Report on the bubonic plague in Bombay, 1896-1897
Year: 1896
Disease focus: Plague
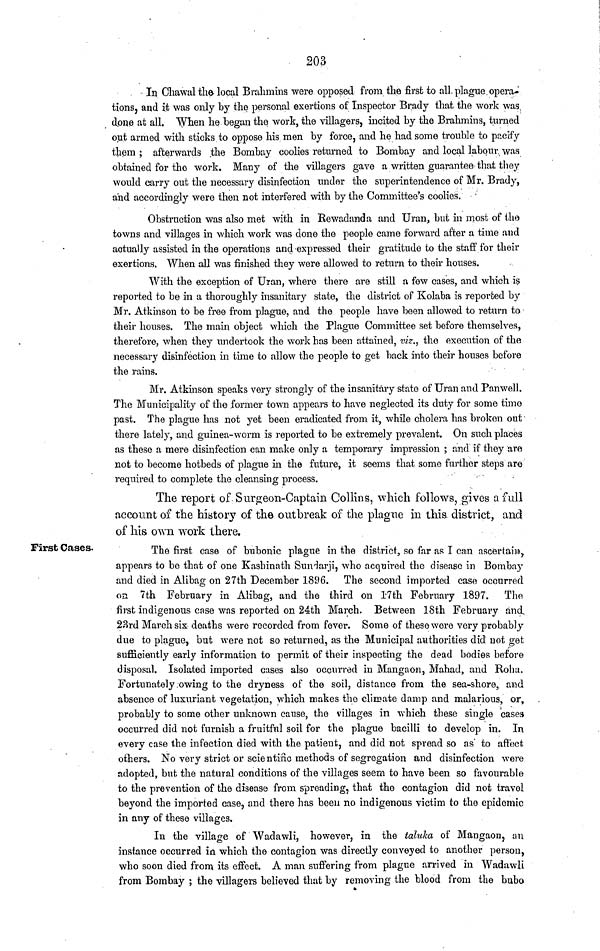
203
In Chawal the local Brahmins were opposed from the first to all. plague opera-
tions, and it was only by the personal exertions of Inspector Brady that the work was,
done at all. When he began the work, the villagers, incited by the Brahmins, turned
out armed with sticks to oppose his men by force, and he had some trouble to pacify
them ; afterwards the Bombay coolies returned to Bombay and local labour, was
obtained for the work. Many of the villagers gave a written guarantee that they
would carry out the necessary disinfection under the superintendence of Mr. Brady,
and accordingly were then not interfered with by the Committee's coolies.
Obstruction was also met with in Rewadanda and Uran, but in most of the
towns and villages in which work was done the people came forward after a time and
actually assisted in the operations and expressed their gratitude to the staff for their
exertions. When all was finished they were allowed to return to their houses.
With the exception of Uran, where there are still a few cases, and which is
reported to be in a thoroughly insanitary state, the district of Kolaba is reported by
Mr. Atkinson to be free from plague, and the people have been allowed to return to
their houses. The main object which the Plague Committee set before themselves,
therefore, when they undertook the work has been attained, viz., the execution of the
necessary disinfection in time to allow the people to get back into their houses before
the rains.
Mr. Atkinson speaks very strongly of the insanitary state of Uran and Panwell.
The Municipality of the former town appears to have neglected its duty for some time
past. The plague has not yet been eradicated from it, while cholera has broken out
there lately, and guinea-worm is reported to be extremely prevalent. On such places
as these a mere disinfection can make only a temporary impression ; and if they are
not to become hotbeds of plague in the future, it seems that some further steps are
required to complete the cleansing process.
The report of Surgeon-Captain Collins, which follows, gives a full
account of the history of the outbreak of the plague in this district, and
of his own work there.
First Cases.
The first case of bubonic plague in the district, so far as I can ascertain,
appears to be that of one Kashinath Sundarji, who acquired the disease in Bombay
and died in Alibag on 27th December 1896. The second imported case occurred
on 7th February in Alibag, and the third on 17th February 1897.
The
first indigenous case was reported on 24th March- Between 18th February and
23rd March six deaths were recorded from fever. Some of these were very probably
due to plague, but were not so returned, as the Municipal authorities did not get
sufficiently early information to permit of their inspecting the dead bodies before
disposal. Isolated imported cases also occurred in Mangaon, Mahad, and Roha.
Fortunately owing to the dryness of the soil, distance from the sea-shore, and
absence of luxuriant vegetation, which makes the climate damp and malarious, or,
probably to some other unknown cause, the villages in which these single cases
occurred did not furnish a fruitful soil for the plague bacilli to develop in. In
every case the infection died with the patient, and did not spread so as to affect
others. No very strict or scientific methods of segregation and disinfection were
adopted, but the natural conditions of the villages seem to have been so favourable
to the prevention of the disease from spreading, that the contagion did not travel
beyond the imported case, and there has been no indigenous victim to the epidemic
in any of these villages.
In the village of Wadawli, however, in the taluka of Mangaon, an
instance occurred in which the contagion was directly conveyed to another person,
who soon died from its effect. A man suffering from plague arrived in Wadawli
from Bombay ; the villagers believed that by removing the blood from the bubo